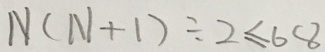
N ( N + 1 ) \div 2 \leq 6 8